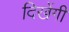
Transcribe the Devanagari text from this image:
दिखेंगी